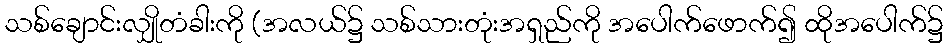
သစ်ချောင်းလျှိုတံခါးကို (အလယ်၌ သစ်သားတုံးအရှည်ကို အပေါက်ဖောက်၍ ထိုအပေါက်၌